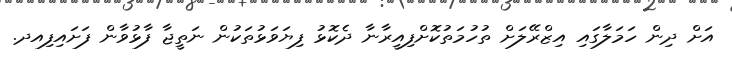
އަށް ދިން ހަމަލާގައި އިޒްރޭލަށް ތުހުމަތުކޮށްފިއީރާނާ ދެކޮޅު ފިޔަވަޅުތަކުން ނަތީޖާ ފާޅުވާން ފަށައިފިއދ.